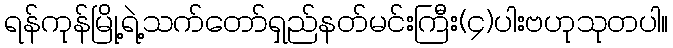
ရန်ကုန်မြို့ရဲ့သက်တော်ရှည်နတ်မင်းကြီး(၄)ပါးဗဟုသုတပါ။